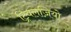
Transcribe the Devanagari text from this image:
ट्रिवलज़ियो